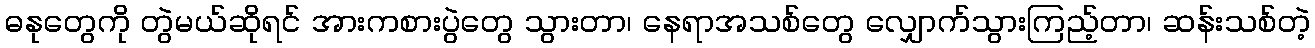
ဓနုတွေကို တွဲမယ်ဆိုရင် အားကစားပွဲတွေ သွားတာ၊ နေရာအသစ်တွေ လျှောက်သွားကြည့်တာ၊ ဆန်းသစ်တဲ့